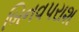
બિનવપરાશ